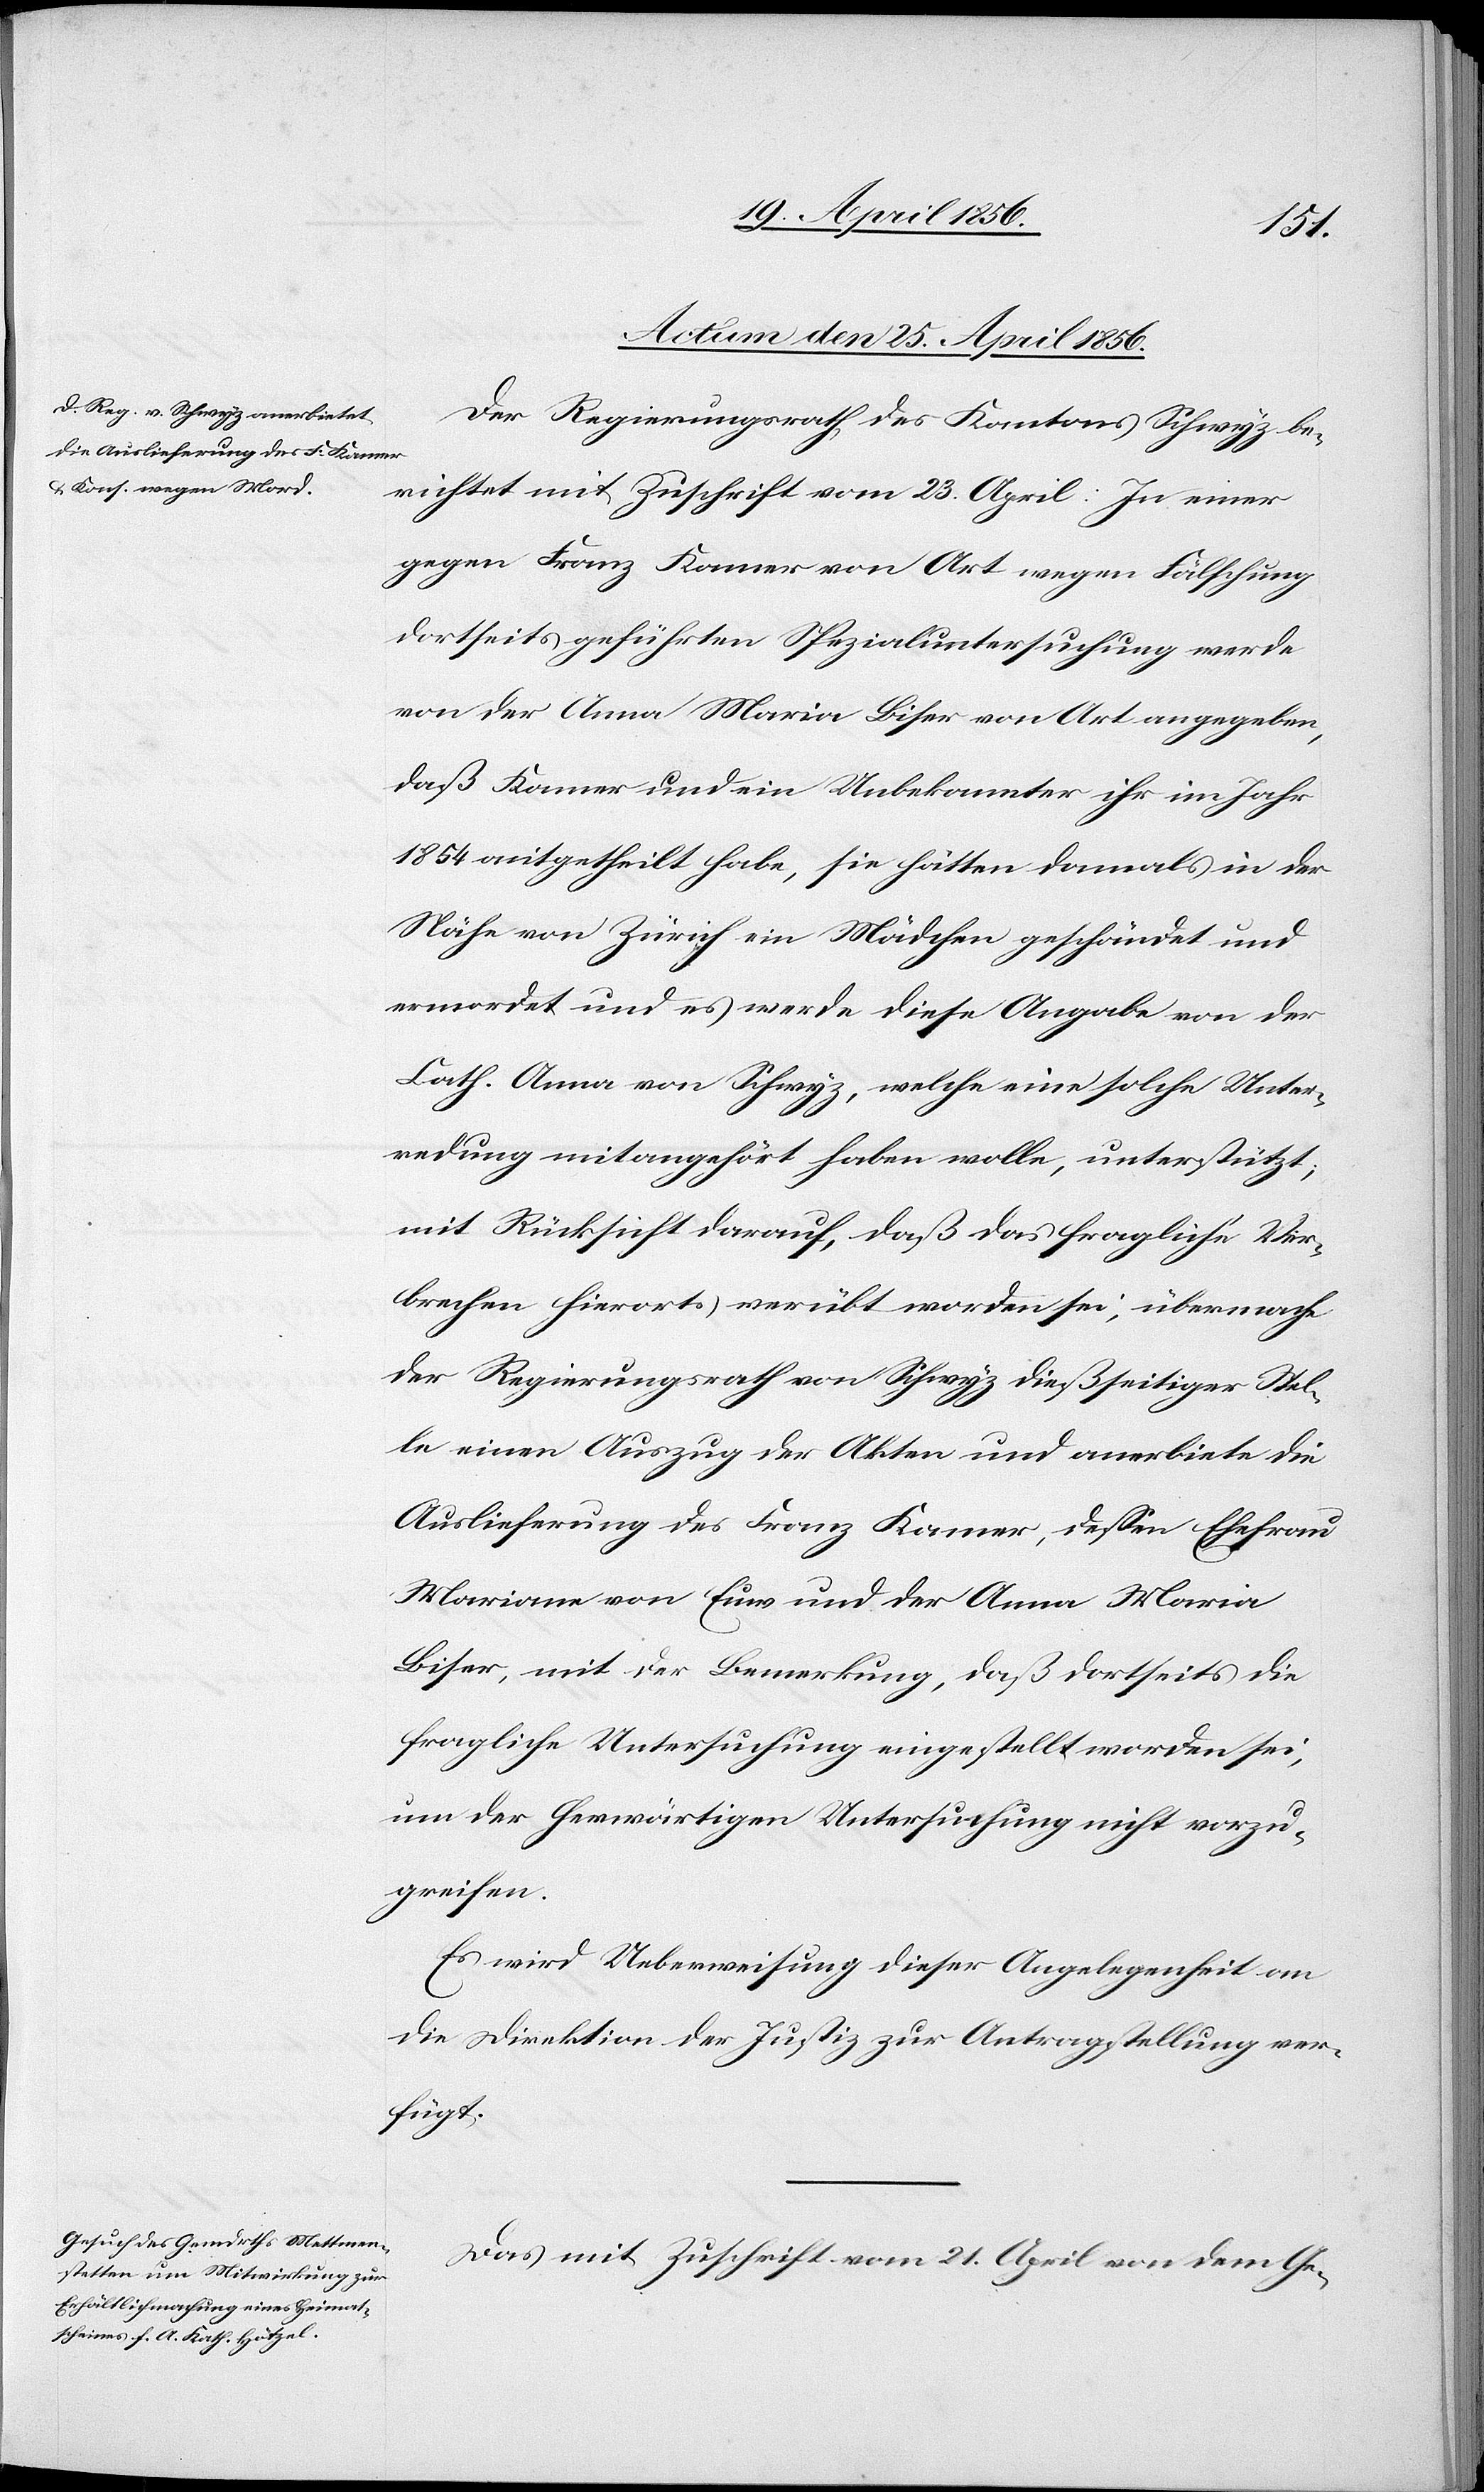
[rect¬
Actum den 25. April 1856.]
Der Regierungsrath des Kantons Schwyz be¬
richtet mit Zuschrift vom 23. April: In einer
gegen Franz Kamer von Art wegen Fälschung
dortseits geführten Spezialuntersuchung werde
von der Anna Maria Biser von Art angegeben,
daß Kamer und ein Unbekannter ihr im Jahr
e: mitgetheilt] habe, sie hätten damals in der
Nähe von Zürich ein Mädchen geschändet und
ermordet und es werde diese Angabe von der
Cath. Anna von Schwyz, welche eine solche Unter¬
redung mit angehört haben wolle, unterstützt;
mit Rücksicht darauf, daß das fragliche Ver¬
brechen hierorts verübt worden sei, übermache
der Regierungsrath von Schwyz dießseitiger Stel¬
le einen Auszug der Akten und anerbiete die
Auslieferung des Franz Kamer, dessen Ehefrau
Mariane von Euns und der Anna Maria
Biser, mit der Bemerkung, daß dortseits die
fragliche Untersuchung eingestellt worden sei,
um der herwärtigen Untersuchung nicht vorzu¬
greifen.
Es wird Ueberweisung dieser Angelegenheit an
die Direktion der Justiz zur Antragstellung ver¬
fügt.
Das mit Zuschrift vom 21. April von dem Ge-